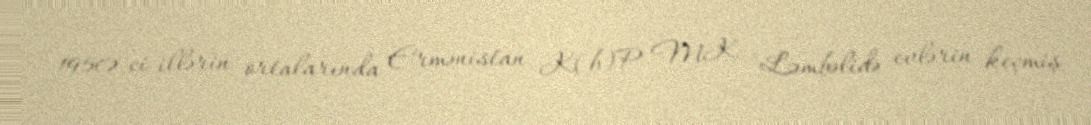
1950-ci illərin ortalarında Ermənistan K(b)P MK "Ləmbəlidə evlərin keçmiş